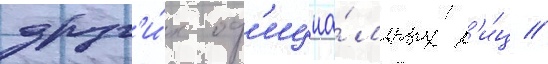
друг'и́х оф'ициа́льных л'и́ц //